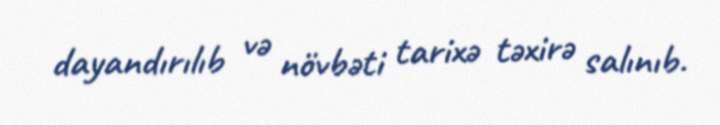
dayandırılıb və növbəti tarixə təxirə salınıb.